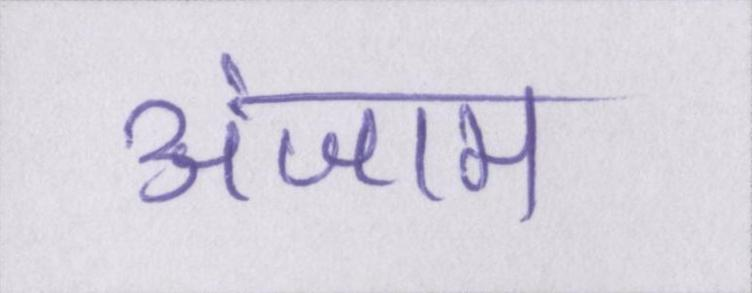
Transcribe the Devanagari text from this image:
अंजाम